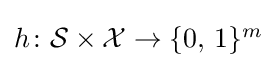
{\textstyle h\colon {\mathcal {S}}\times {\mathcal {X}}\rightarrow \{0,\,1\}^{m}}